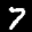
Label: 7